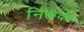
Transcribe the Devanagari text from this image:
निलवन